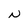
Character: N